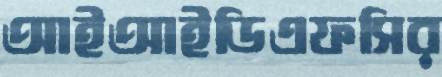
আইআইডিএফসির